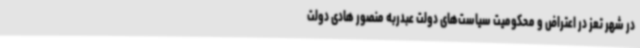
در شهر تعز در اعتراض و محکومیت سیاست‌های دولت عبدربه منصور هادی دولت